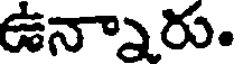
ఉన్నారు.